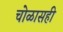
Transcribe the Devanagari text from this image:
चोळासही